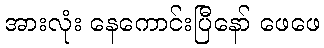
အားလုံး နေကောင်းပြီနော် ဖေဖေ